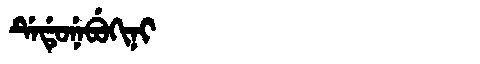
Manchu: ᡩᡝᡩᡠᠨᡝᠪᡠᡴᡳᠨᡳ
Romanization: DEDUNEBUKINI